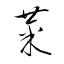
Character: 菜